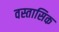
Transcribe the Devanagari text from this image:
वस्तासिक